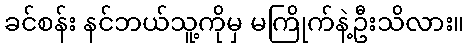
ခင်စန်း နင်ဘယ်သူ့ကိုမှ မကြိုက်နဲ့ဦးသိလား။